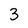
Character: 3